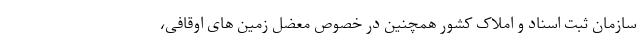
سازمان ثبت اسناد و املاک کشور همچنین در خصوص معضل زمین های اوقافی،